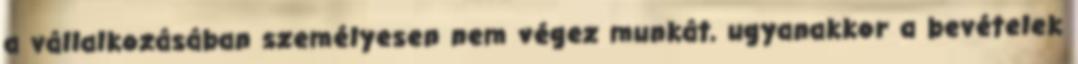
a vállalkozásában személyesen nem végez munkát, ugyanakkor a bevételek